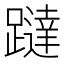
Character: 躂